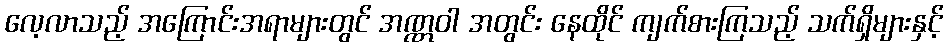
လေ့လာသည့် အကြောင်းအရာများတွင် အဏ္ဏဝါ အတွင်း နေထိုင် ကျက်စားကြသည့် သက်ရှိများနှင့်